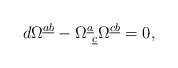
\begin{align*}d\Omega ^{\underline a\underline b} -\Omega ^{\underline a}_{~\underline c} \Omega ^{\underline c \underline b}= 0,\end{align*}